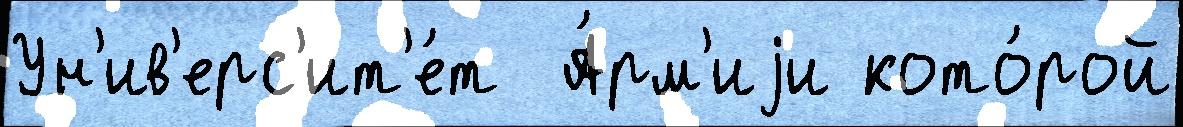
Ун'ив'ерс'ит'е́т  А́рм'иjи кото́рой